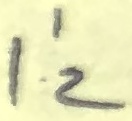
Text: I'2